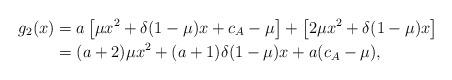
LaTeX: \begin{align*}g_2(x) &= a \left[ \mu x^2+ \delta(1-\mu)x+c_A - \mu \right]+ \left[ 2\mu x^2 + \delta(1-\mu)x\right]\\&= (a+2) \mu x^2 + (a+1) \delta(1 - \mu) x + a (c_A-\mu),\end{align*}